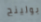
بولينج